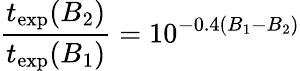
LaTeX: \frac{t_{\textrm{exp}}(B_{\textrm{2}})}{t_{\textrm{exp}}(B_{\textrm{1}})}=10^{-0.4(B_{\textrm{1}}-B_{\textrm{2}})}